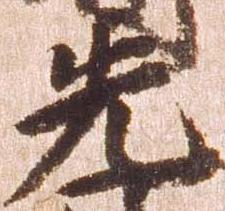
先